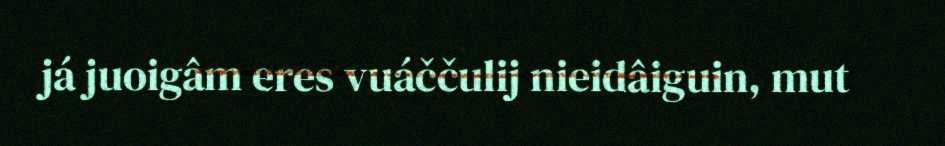
já juoigâm eres vuáččulij nieidâiguin, mut